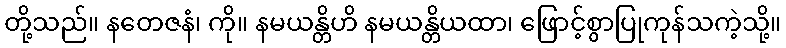
တို့သည်။ နတေဇနံ၊ ကို။ နမယန္တိဟိ နမယန္တိယထာ၊ ဖြောင့်စွာပြုကုန်သကဲ့သို့။